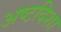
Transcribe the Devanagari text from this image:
अष्टदिशा